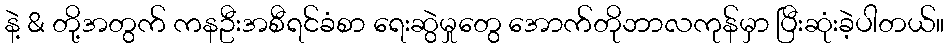
နဲ့ & တို့အတွက် ကနဦးအစီရင်ခံစာ ရေးဆွဲမှုတွေ အောက်တိုဘာလကုန်မှာ ပြီးဆုံးခဲ့ပါတယ်။